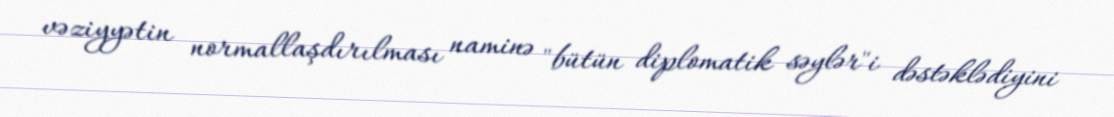
vəziyyətin normallaşdırılması naminə "bütün diplomatik səylər"i dəstəklədiyini